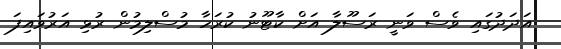
އަދަދުގައި ވެސް ވަނީ ރަސޫލާ އަށް ކާޓޫނު ކުރަހާ މުސްލިމުން ރުޅި އަރުވައިފަ